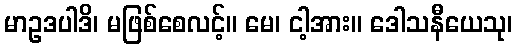
မာဥဒပါဒိ၊ မဖြစ်စေလင့်။ မေ၊ ငါ့အား။ ဒေါသနီယေသု၊